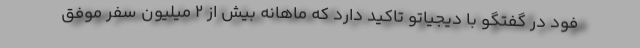
فود در گفتگو با دیجیاتو تاکید دارد که ماهانه بیش از ۲ میلیون سفر موفق